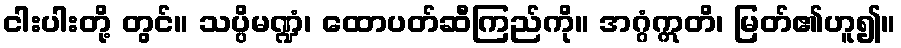
ငါးပါးတို့ တွင်။ သပ္ပိမဏ္ဍံ၊ ထောပတ်ဆီကြည်ကို။ အဂ္ဂံဣတိ၊ မြတ်၏ဟူ၍။